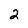
Character: 2